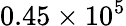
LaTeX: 0.45\times 10^{5}